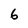
Character: 6